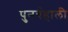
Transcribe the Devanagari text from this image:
पुनर्बहाली